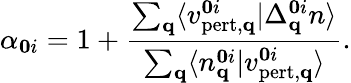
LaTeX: \alpha_{\mathbf{0}i}=1+\frac{\sum_{\mathbf{q}}\langle v_{\mathrm{pert,\mathbf{q}}}^{\mathbf{0}i}\vert\Delta_{\mathbf{q}}^{\mathbf{0}i}n\rangle}{\sum_{\mathbf{q}}\langle n_{\mathbf{q}}^{\mathbf{0}i}\vert v_{\mathrm{pert,\mathbf{q}}}^{\mathbf{0}i}\rangle}.